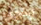
ينوي